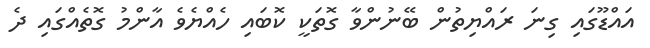
އައްޑޫގައި ގިނަ ރައްޔިތުން ބޭނުންވާ ގޮތަކީ ކޮބައި ހެއްޔެވެ އާންމު ގޮތެއްގައި ދެ